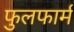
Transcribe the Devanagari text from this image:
फुलफार्म